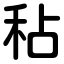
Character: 秥